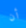
أن